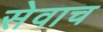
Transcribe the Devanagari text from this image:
सेवाच